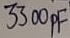
Text: 3300pF